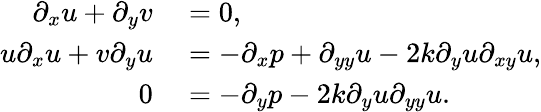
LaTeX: \begin{array}{rl}{\partial_{x}u+\partial_{y}v}&{{}=0,}\\ {u\partial_{x}u+v\partial_{y}u}&{{}=-\partial_{x}p+\partial_{yy}u-2k\partial_{y}u\partial_{xy}u,}\\ {0}&{{}=-\partial_{y}p-2k\partial_{y}u\partial_{yy}u.}\end{array}